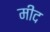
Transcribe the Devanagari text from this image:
मीद